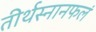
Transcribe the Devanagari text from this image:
तीर्थस्नानफलं